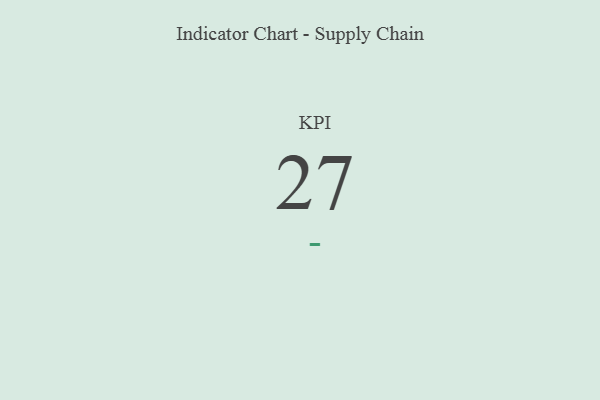
{"axis": {"x": "KPI", "y": "Value"}, "legend": [""], "data": [{"x": "KPI", "y": 27, "type": ""}]}